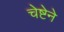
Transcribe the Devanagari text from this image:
चेष्टेने